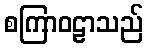
စကြာဝဠာသည်